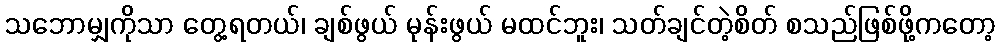
သဘောမျှကိုသာ တွေ့ရတယ်၊ ချစ်ဖွယ် မုန်းဖွယ် မထင်ဘူး၊ သတ်ချင်တဲ့စိတ် စသည်ဖြစ်ဖို့ကတော့